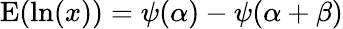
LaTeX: \operatorname{E}(\ln(x))=\psi(\alpha)-\psi(\alpha+\beta)